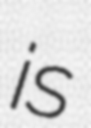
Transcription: is